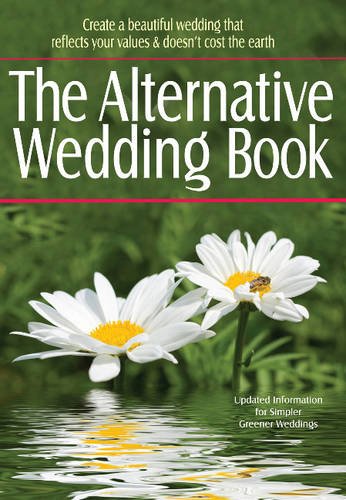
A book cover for The Alternative Wedding Book: Create a Beautiful Wedding That Reflects Your Values and Doesn't Cost the Earth (Weddings); Alternatives; Crafts, Hobbies & Home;